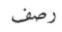
رصف